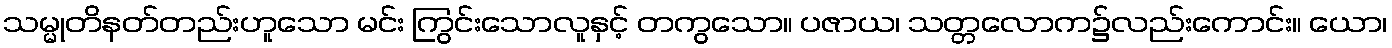
သမ္မုတိနတ်တည်းဟူသော မင်း ကြွင်းသောလူနှင့် တကွသော။ ပဇာယ၊ သတ္တလောက၌လည်းကောင်း။ ယော၊